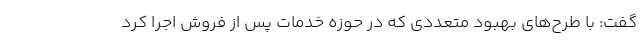
گفت: با طرح‌های بهبود متعددی که در حوزه خدمات پس از فروش اجرا کرد